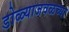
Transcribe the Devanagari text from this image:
डोळ्याजवळच्या